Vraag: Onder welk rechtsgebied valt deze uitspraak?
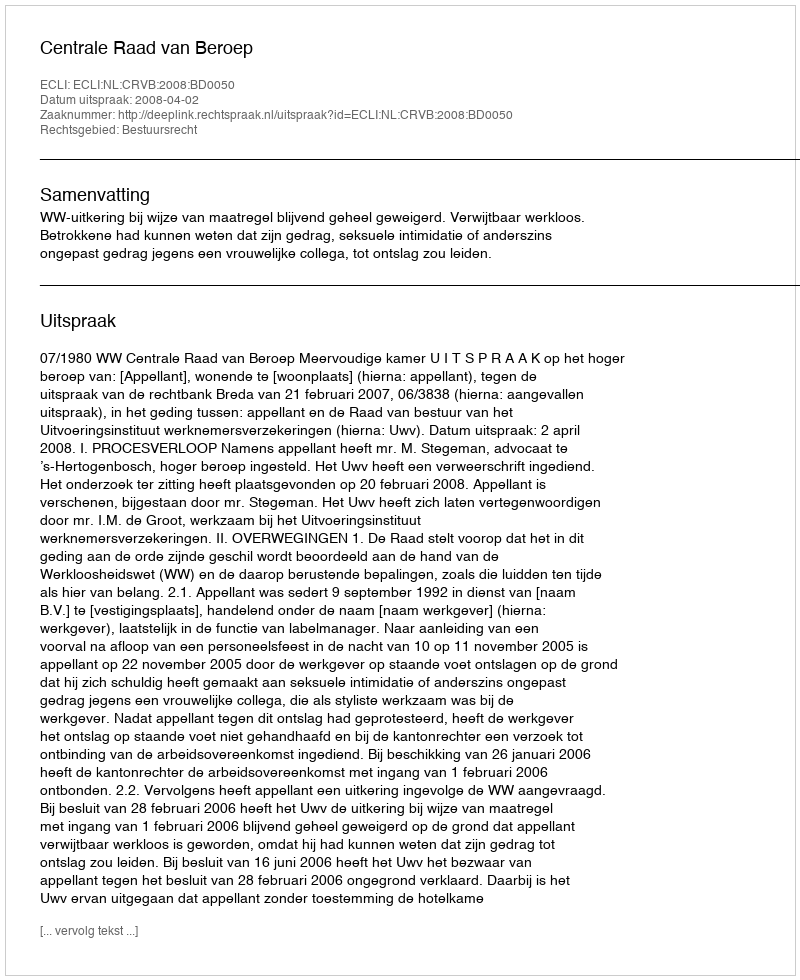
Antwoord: Bestuursrecht